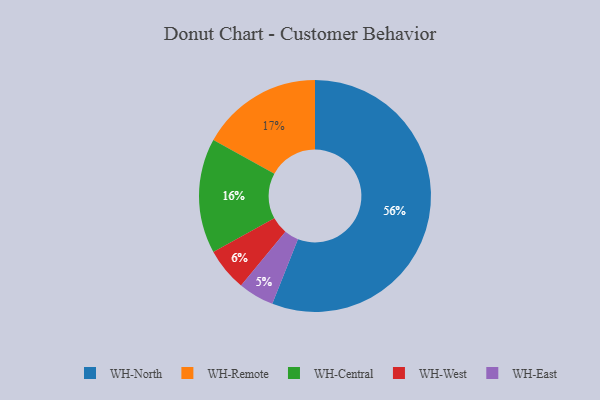
{"axis": {"x": "Category", "y": "Percentage"}, "legend": ["WH-Central", "WH-East", "WH-North", "WH-Remote", "WH-West"], "data": [{"x": "WH-West", "y": 6, "type": "WH-West"}, {"x": "WH-Central", "y": 16, "type": "WH-Central"}, {"x": "WH-Remote", "y": 17, "type": "WH-Remote"}, {"x": "WH-North", "y": 56, "type": "WH-North"}, {"x": "WH-East", "y": 5, "type": "WH-East"}]}